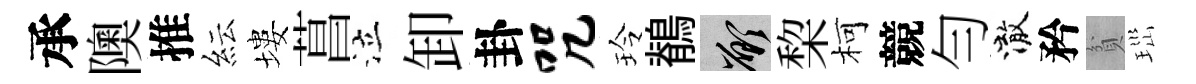
承隩推紜塿菖泣卸卦咒玲鶺願棃柯競勻澈矜貧𤤼